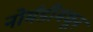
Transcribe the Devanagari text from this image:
नोर्मंडीमधून